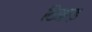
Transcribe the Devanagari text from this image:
ठिक्कड़